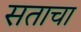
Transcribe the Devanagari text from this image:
सताचा